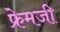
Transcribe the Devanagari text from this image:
फ्रेमजी